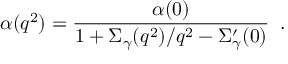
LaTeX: \alpha ( q ^ { 2 } ) = \frac { \alpha ( 0 ) } { 1 + \Sigma _ { \gamma } ( q ^ { 2 } ) / q ^ { 2 } - \Sigma _ { \gamma } ^ { \prime } ( 0 ) } \; \; .